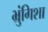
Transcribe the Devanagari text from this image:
भ्रुंगिशा